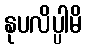
နုပလိပ္ပါမိ